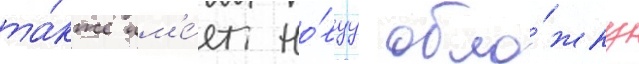
та́кже им'е́ет но́вуу обло́жку